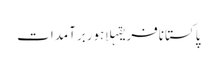
پاکستانافریقہلاہوربرآمدات